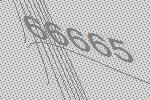
66665